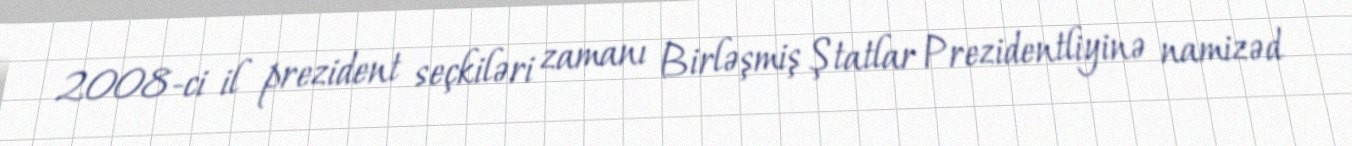
2008-ci il prezident seçkiləri zamanı Birləşmiş Ştatlar Prezidentliyinə namizəd